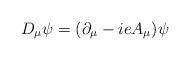
LaTeX: \begin{align*}D_{\mu}\psi = (\partial_{\mu} - ie A_{\mu})\psi\end{align*}